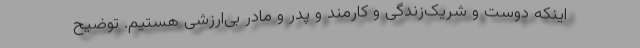
اینکه دوست و شریک‌زندگی و کارمند و پدر و مادر بی‌ارزشی هستیم. توضیح